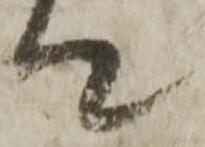
て